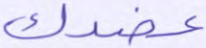
عضدك